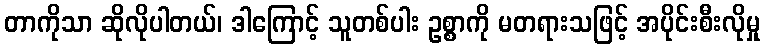
တာကိုသာ ဆိုလိုပါတယ်၊ ဒါကြောင့် သူတစ်ပါး ဥစ္စာကို မတရားသဖြင့် အပိုင်းစီးလိုမှု